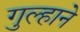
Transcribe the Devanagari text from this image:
गुल्हाने